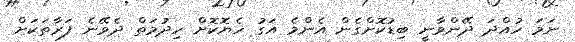
ނަމަ ހުއްދަ ދޭންވާނީ ބިޑުކޮށްގެން އެންމެ އަގު ހެޔޮކޮށް ހިދުމަތް ދެވޭނެ ފަރާތަކަށް